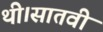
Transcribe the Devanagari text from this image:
थी।सातवीं